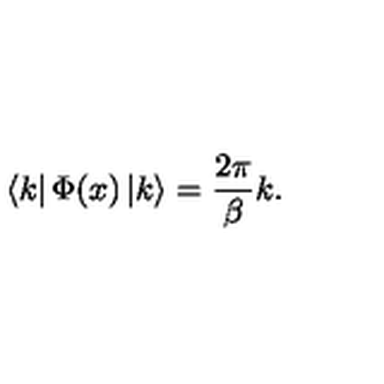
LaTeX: \left\langle k \right| \Phi ( x ) \left| k \right\rangle = \frac { 2 \pi } { \beta } k .